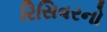
રિસિવરનો